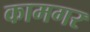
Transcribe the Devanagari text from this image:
कामगर